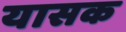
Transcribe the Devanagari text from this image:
यासक